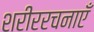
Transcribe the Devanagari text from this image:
शरीररचनाएँ